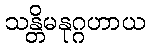
သန္တိမနုဂ္ဂဟာယ